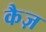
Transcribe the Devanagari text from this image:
कैज़